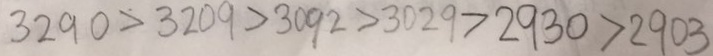
3 2 9 0 > 3 2 0 9 > 3 0 9 2 > 3 0 2 9 > 2 9 3 0 > 2 9 0 3